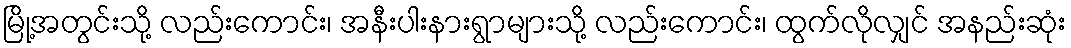
မြို့အတွင်းသို့ လည်းကောင်း၊ အနီးပါးနားရွာများသို့ လည်းကောင်း၊ ထွက်လိုလျှင် အနည်းဆုံး